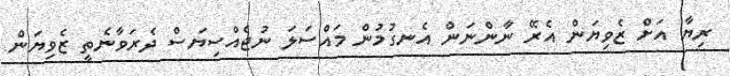
ރިޔާ އަށް ޒެވިޔަން އެރޭ ނާންނަން އެނގުމުން މައްސަލަ ނުޖެއްސިޔަސް ދެރަވާނެތީ ޒެވިޔަން